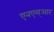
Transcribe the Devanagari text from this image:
एनएम्आर